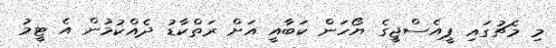
މި މެޗުގައި ޕީއެސްޖީގެ ޔޯހަން ކަބާއީ އަށް ރަތްކާޑު ދެއްކުމުން އެ ޓީމު